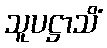
သူပဋ္ဌာသိံ